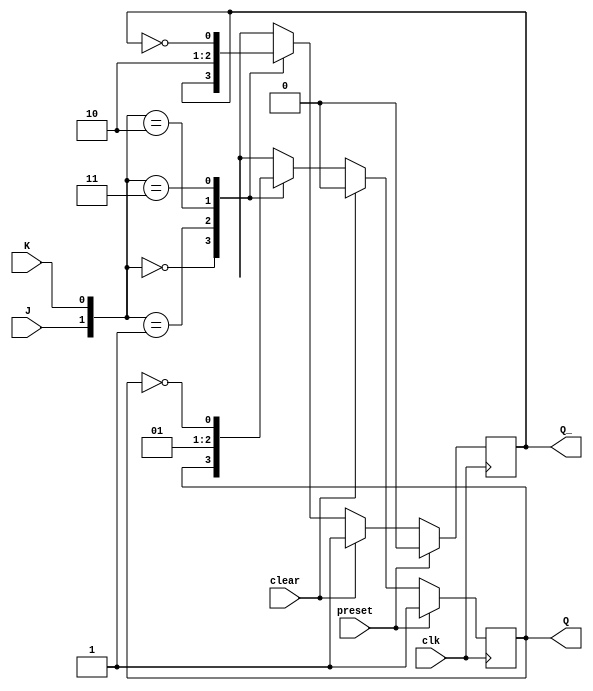
module jk_flipflop (
    input J, 
    input K, 
    input clk, 
    input preset, 
    input clear, 
    output reg Q, 
    output reg Q_
);

always @(posedge clk) begin
    if (preset) begin
        Q <= 1;
        Q_ <= 0;
    end else if (clear) begin
        Q <= 0;
        Q_ <= 1;
    end else begin
        case ({J, K})
            2'b00: begin
                Q <= Q;
                Q_ <= Q_;
            end
            2'b01: begin
                Q <= 0;
                Q_ <= 1;
            end
            2'b10: begin
                Q <= 1;
                Q_ <= 0;
            end
            2'b11: begin
                Q <= ~Q;
                Q_ <= ~Q_;
            end
        endcase
    end
end
endmodule